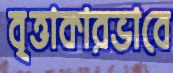
বৃত্তাকারভাবে